Source: Handwritten
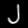
Digit: ၂ (2)